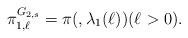
LaTeX: \begin{align*} \pi_{1,\ell}^{G_{2,s}} = \pi({},\lambda_1(\ell_{})) (\ell_{} > 0).\end{align*}